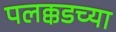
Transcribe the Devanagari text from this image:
पलक्कडच्या